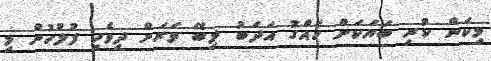
މިކަން ކުރި ބަޔަކަށް ހައްގު އަދަބު ލިބޭ ވަރަށް ދިވެހި ފުލުހުން މި